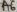
Text: A6